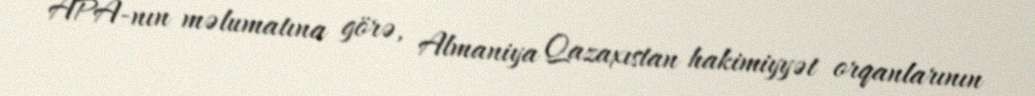
APA-nın məlumatına görə, Almaniya Qazaxıstan hakimiyyət orqanlarının